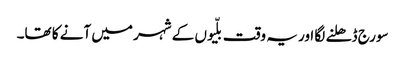
سورج ڈھلنے لگا اور یہ وقت بلّیوں کے شہر میں آنے کا تھا۔